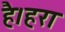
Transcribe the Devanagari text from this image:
है।हरा